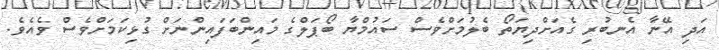
އަދި އޭނާ އެނބުރި ގެއަށްދިޔަތޯ ބެލުމަށްވެސް ސައުމްޔާ ބޯޕަލްގެ މައިންބަފައިންނަށް ގުޅިކަމަށްވެސް ވެއެވެ.